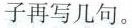
子再写几句。